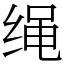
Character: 绳